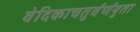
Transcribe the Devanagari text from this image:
वेदिकाचतुर्वर्णयुता